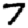
Digit: 7